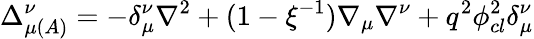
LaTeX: \Delta_{\mu\left(A\right)}^{\nu}=-\delta_{\mu}^{\nu}\nabla^{2}+(1-\xi^{-1})\nabla_{\mu}\nabla^{\nu}+q^{2}\phi_{cl}^{2}\delta_{\mu}^{\nu}